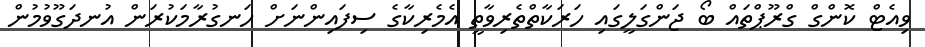
ވިއެޓް ކޮންގް ގްރޫޕްތައް ބޯ ޖަންގަލީގައި ހަރަކާތްތެރިވާތީ އެމެރިކާގެ ސިފައިންނަށް ހަނގުރާމަކުރަން އުނދަގޫވުމުން